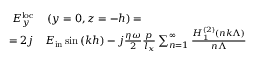
\begin{array} { r l } { E _ { y } ^ { \mathrm { l o c } } } & { { } \left( y = 0 , z = - h \right) = } \\ { = 2 j } & { { } E _ { \mathrm { i n } } \sin { \left( k h \right) } - j \frac { \eta \omega } { 2 } \frac { p } { l _ { x } } \sum _ { n = 1 } ^ { \infty } \frac { H _ { 1 } ^ { \left( 2 \right) } \left( n k \Lambda \right) } { n \Lambda } } \end{array}